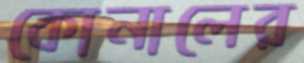
কোনালের